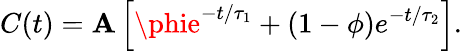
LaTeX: C(t)=\mathbf{A}\left[\phie^{-t/\tau_{1}}+(1-\phi)e^{-t/\tau_{2}}\right].